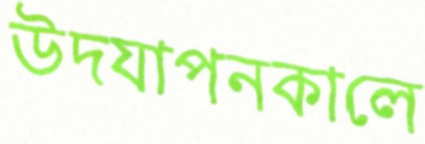
উদযাপনকালে